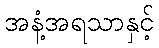
အနံ့အရသာနှင့်